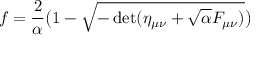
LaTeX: f = { \frac { 2 } { \alpha } } \bigl ( 1 - \sqrt { - \operatorname * { d e t } ( \eta _ { \mu \nu } + \sqrt { \alpha } { \cal F } _ { \mu \nu } ) } \bigr )